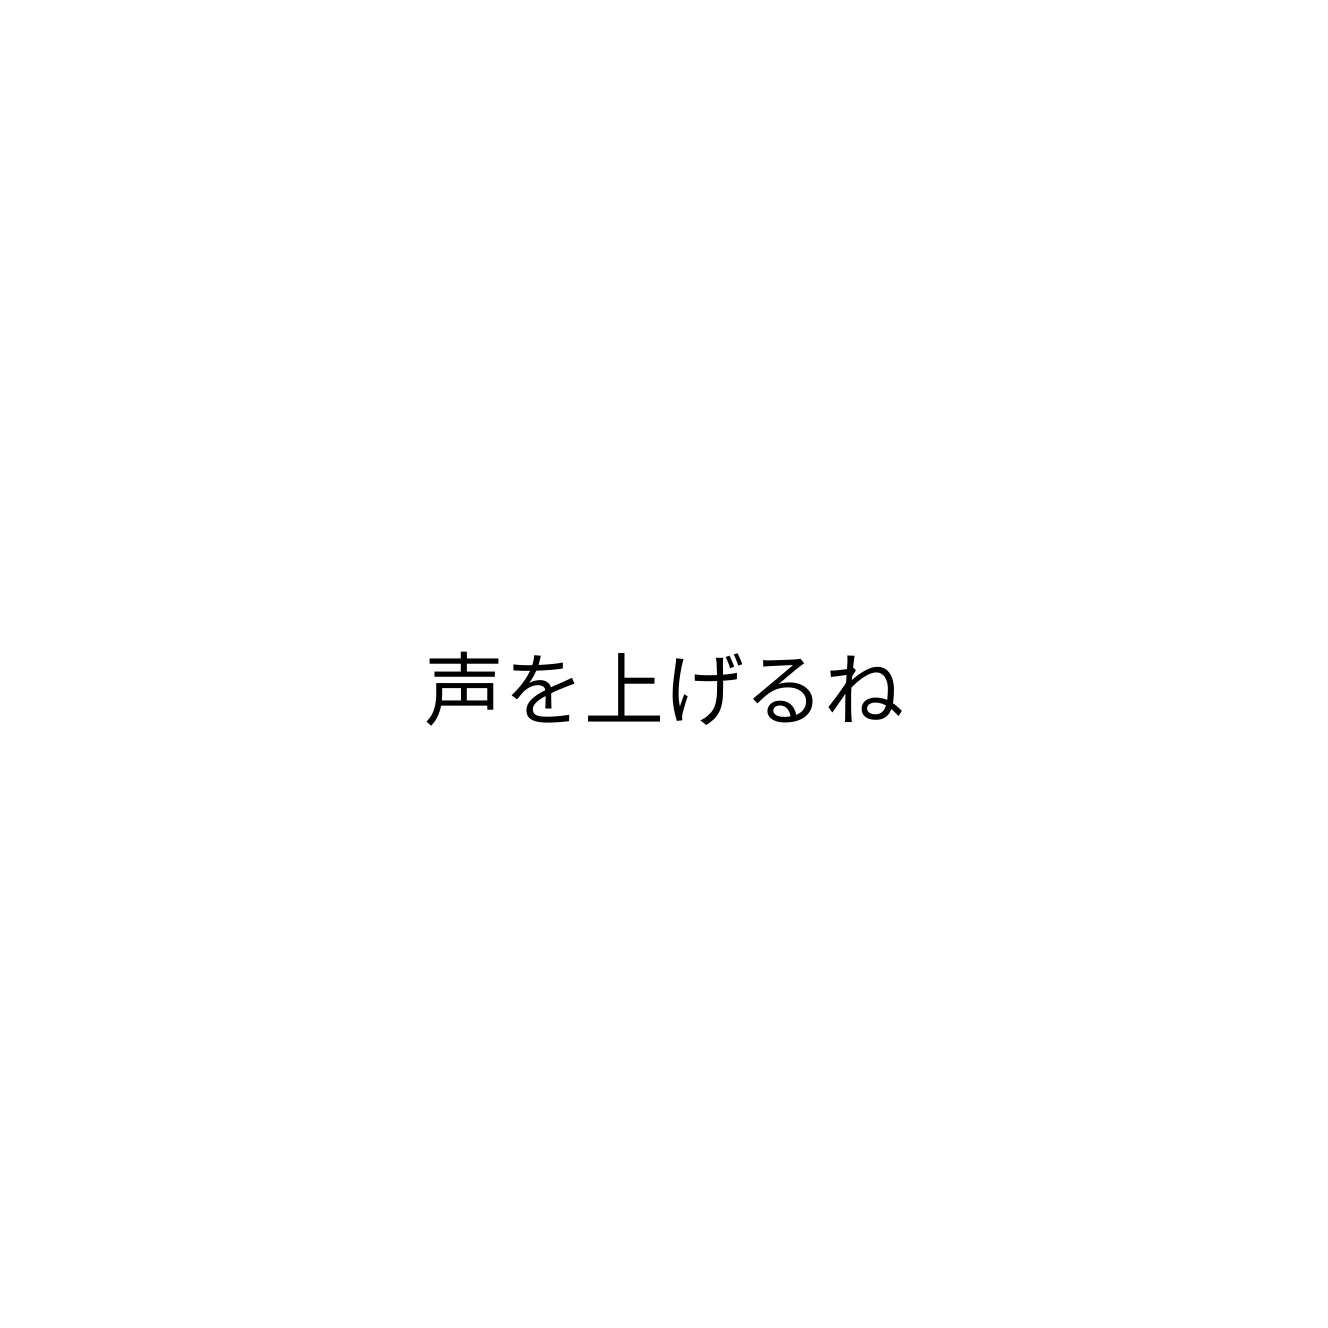
声を上げるね